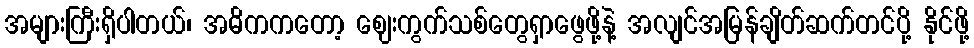
အများကြီးရှိပါတယ်၊ အဓိကကတော့ ဈေးကွက်သစ်တွေရှာဖွေဖို့နဲ့ အလျင်အမြန်ချိတ်ဆက်တင်ပို့ နိုင်ဖို့